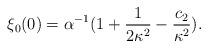
LaTeX: \begin{align*}\xi_{0}(0)= \alpha^{-1}(1+\frac{1}{2\kappa^{2}} -\frac{c_{2}}{\kappa^{2}}).\end{align*}